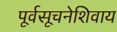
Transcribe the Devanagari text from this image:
पूर्वसूचनेशिवाय